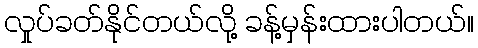
လှုပ်ခတ်နိုင်တယ်လို့ ခန့်မှန်းထားပါတယ်။